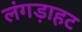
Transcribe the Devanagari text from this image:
लंगड़ाहट